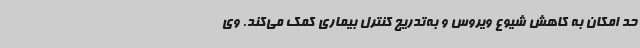
حد امکان به کاهش شیوع ویروس و به‌تدریج کنترل بیماری کمک می‌کند. وی